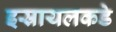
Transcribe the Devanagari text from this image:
इस्रायलकडे